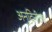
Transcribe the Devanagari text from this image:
अनुदिनीला